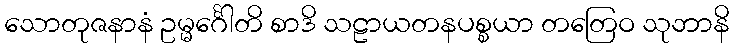
သောတုဇနာနံ ဥမ္မင်္ဂေါတိ စာဒိ သဠာယတနပစ္စယာ တတြေဝ သုဘာနိ